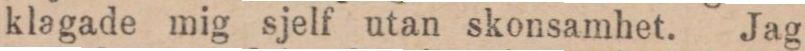
klagade mig sjelf utan skonsamhet. Jag